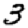
Digit: 3